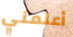
أعلمني